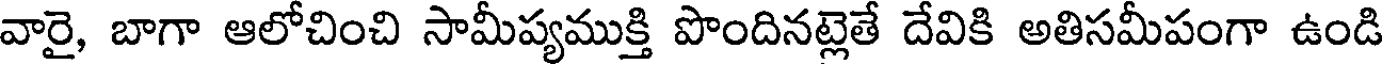
వారై, బాగా ఆలోచించి సామీప్యముక్తి పొందినట్లెతే దేవికి అతిసమీపంగా ఉండి